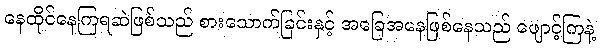
နေထိုင်နေကြရဆဲဖြစ်သည် စားသောက်ခြင်းနှင့် အခြေအနေဖြစ်နေသည် ဖျောင့်ကြနဲ့